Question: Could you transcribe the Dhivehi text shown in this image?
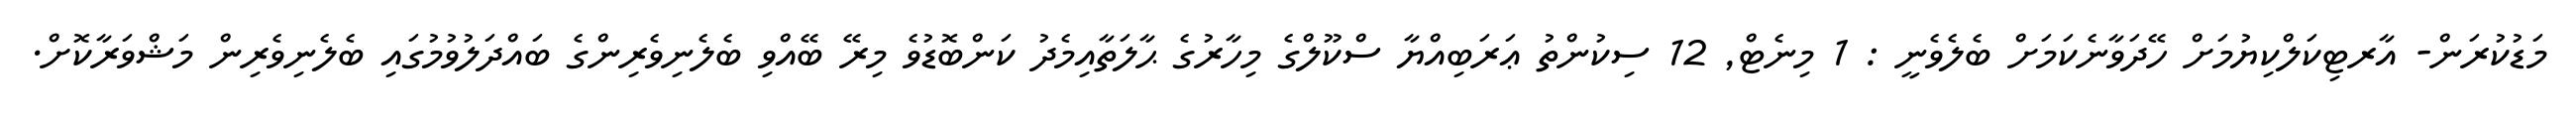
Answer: މަޑުކުރަން- އާރޓިކަލްކިޔުމަށް ހޭދަވާނެކަމަށް ބެލެވެނީ : 1 މިނެޓް, 12 ސިކުންތު ޢަރަބިއްޔާ ސްކޫލްގެ މިހާރުގެ ޙާލަތާއިމެދު ކަންބޮޑުވެ މިރޭ ބޭއްވި ބެލެނިވެރިންގެ ބައްދަލުވުމުގައި ބެލެނިވެރިން މަޝްވަރާކޮށް.